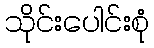
သိုင်းပေါင်းစုံ